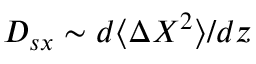
D _ { s x } \sim d \langle \Delta X ^ { 2 } \rangle / d z